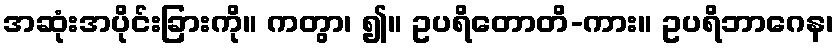
အဆုံးအပိုင်းခြားကို။ ကတွာ၊ ၍။ ဥပရိတောတိ-ကား။ ဥပရိဘာဂေန၊